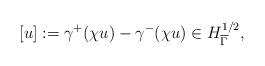
LaTeX: \begin{align*}[u]&:=\gamma^+(\chi u)-\gamma^-(\chi u)\in H^{1/2}_{\overline{\Gamma}},\end{align*}